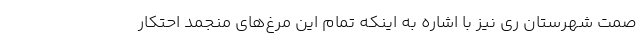
صمت شهرستان ری نیز با اشاره به اینکه تمام این مرغ‌های منجمد احتکار